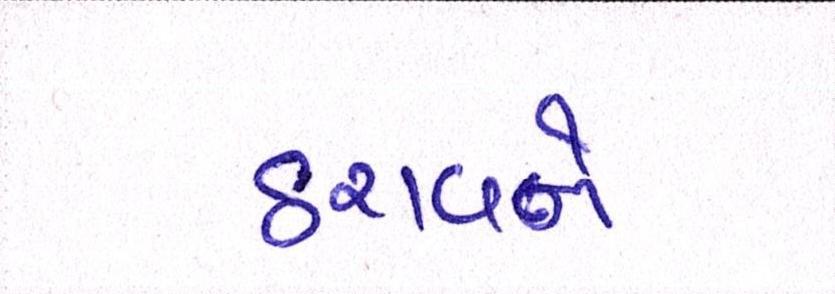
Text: ઠરાવને